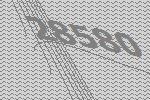
28580